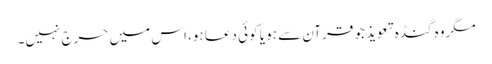
مگروہ گنڈہ تعویذ جو قرآن سے ہو یا کوئی دعا ہو، اس میں حرج نہیں۔